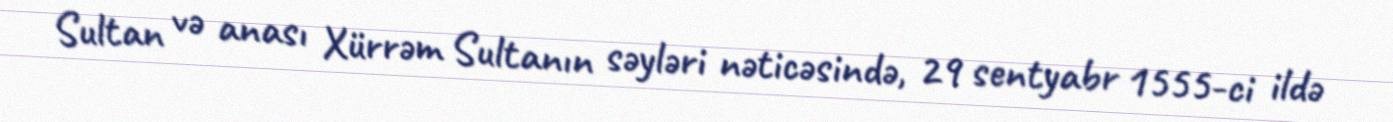
Sultan və anası Xürrəm Sultanın səyləri nəticəsində, 29 sentyabr 1555-ci ildə